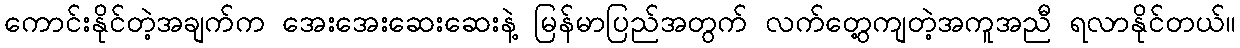
ကောင်းနိုင်တဲ့အချက်က အေးအေးဆေးဆေးနဲ့ မြန်မာပြည်အတွက် လက်တွေ့ကျတဲ့အကူအညီ ရလာနိုင်တယ်။